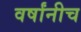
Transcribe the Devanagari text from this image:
वर्षांनीच